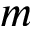
m